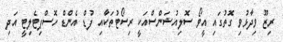
ރިޒޫ ވިދާޅުވި ގޮތުގައި އީވޯ ސޮލިއުޝަންސްއަކީ ރިސޯޓުތަކާއި ފުޑް އެންޑް ހޮސްޕިޓެލިޓީ އަދި